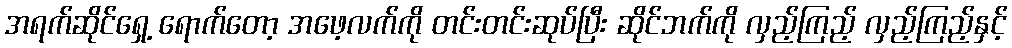
အရက်ဆိုင်ရှေ့ ရောက်တော့ အဖေ့လက်ကို တင်းတင်းဆုပ်ပြီး ဆိုင်ဘက်ကို လှည့်ကြည့် လှည့်ကြည့်နှင့်